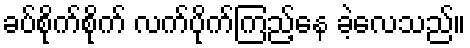
ခပ်စိုက်စိုက် လက်ပိုက်ကြည့်နေ ခဲ့လေသည်။